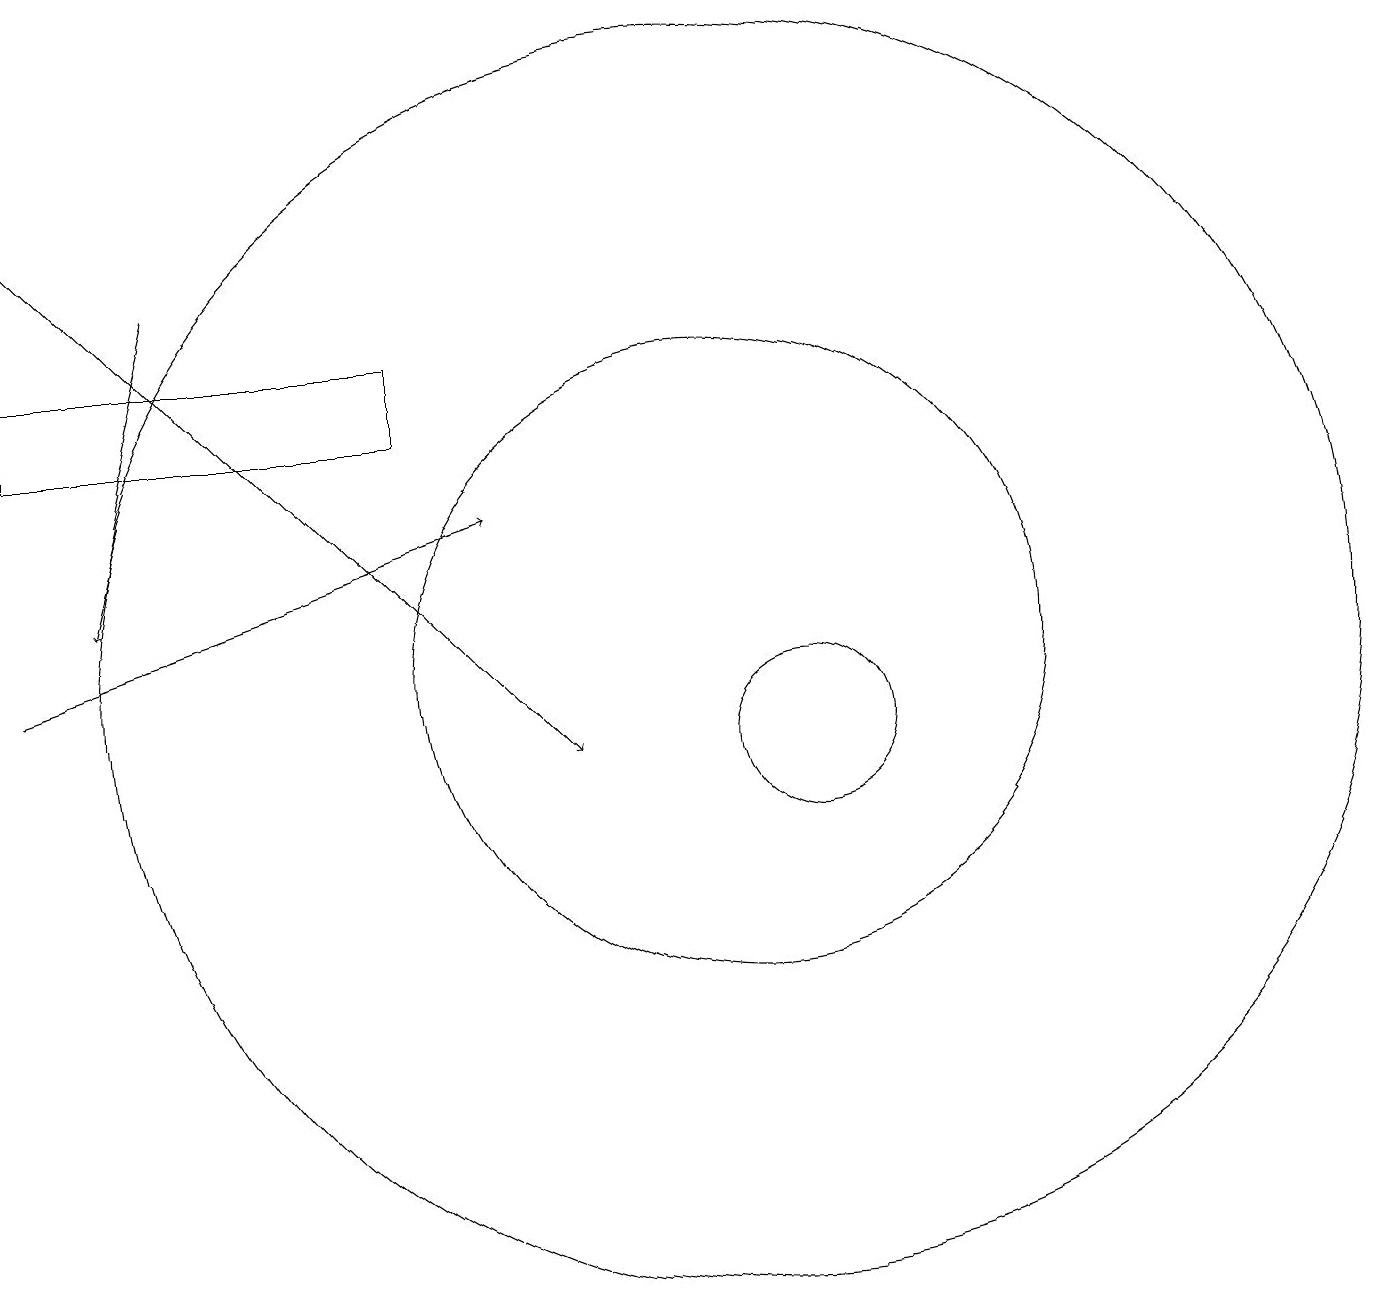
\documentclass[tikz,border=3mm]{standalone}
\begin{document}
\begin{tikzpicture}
\draw (10,12) circle (8);
\draw (1,15) rectangle (6,16);
\draw[->] (1,12) -- (7,14);
\draw (10,12) circle (4);
\draw (11,11) circle (1);
\draw[->] (1,18) -- (8,11);
\draw[->] (3,17) -- (2,13);
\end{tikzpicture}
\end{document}